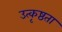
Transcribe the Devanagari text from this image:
उत्कृष्ठता